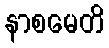
နာစမေတိ